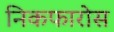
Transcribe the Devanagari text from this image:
निकफारोस